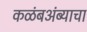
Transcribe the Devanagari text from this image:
कळंबअंब्याचा